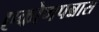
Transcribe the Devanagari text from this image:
एकोणपन्नास